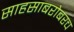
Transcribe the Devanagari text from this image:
साहसाबरोबरच